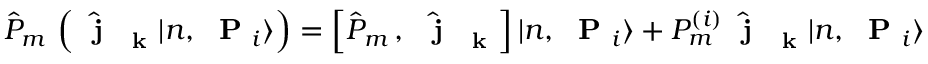
\hat { P } _ { m } \, \left( \hat { \mathrm { ~ \bf ~ j ~ } } _ { \mathrm { ~ \bf ~ k ~ } } | n , \mathrm { ~ \bf ~ P ~ } _ { i } \rangle \right) = \left[ \hat { P } _ { m } \, , \, \hat { \mathrm { ~ \bf ~ j ~ } } _ { \mathrm { ~ \bf ~ k ~ } } \right] | n , \mathrm { ~ \bf ~ P ~ } _ { i } \rangle + P _ { m } ^ { ( i ) } \hat { \mathrm { ~ \bf ~ j ~ } } _ { \mathrm { ~ \bf ~ k ~ } } | n , \mathrm { ~ \bf ~ P ~ } _ { i } \rangle